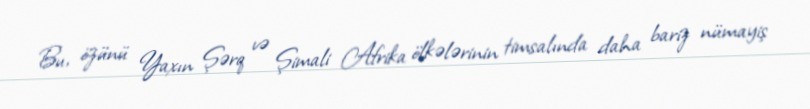
Bu, özünü Yaxın Şərq və Şimali Afrika ölkələrinin timsalında daha bariz nümayiş